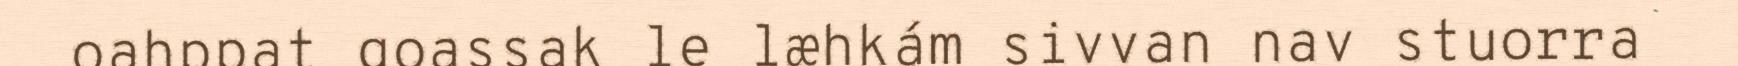
oahppat goassak le læhkám sivvan nav stuorra